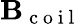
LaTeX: \mathbf{B}_{\mathrm{{~c~o~i~l~}}}